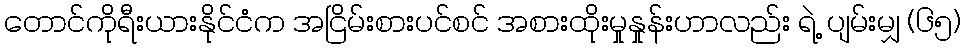
တောင်ကိုရီးယားနိုင်ငံက အငြိမ်းစားပင်စင် အစားထိုးမှုနှုန်းဟာလည်း ရဲ့ ပျမ်းမျှ (၆၅)